Report of the Indian Hemp Drugs Commission, 1894-1895 - Volume IV
Year: 1894
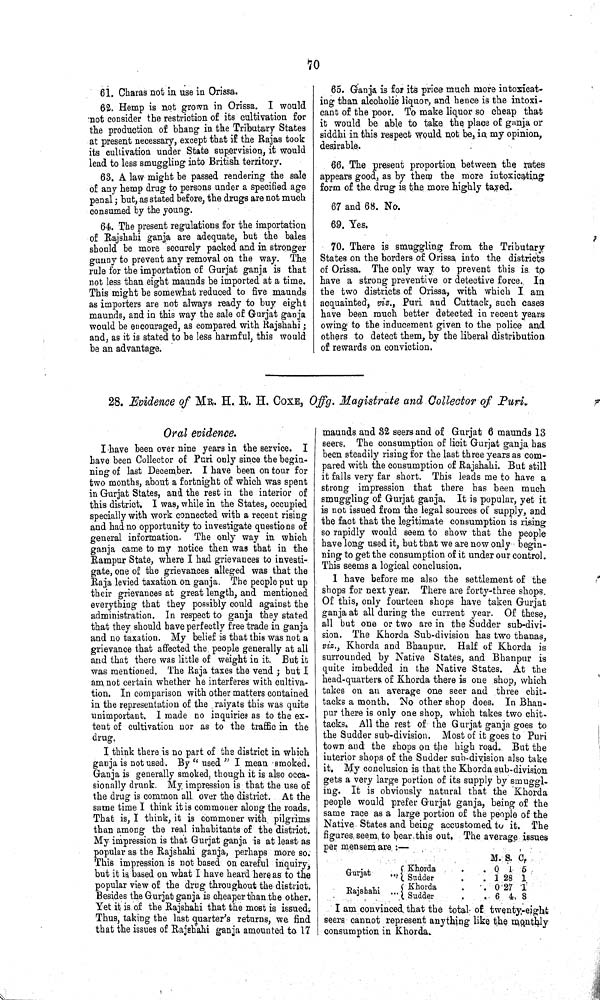
70
61. Charas not in use in Orissa.
62. Hemp is not grown in Orissa. I would
not consider the restriction of its cultivation for
the production of bhang in the Tributary States
at present necessary, except that if the Rajas took
its cultivation under State supervision, it would
lead to less smuggling into British territory.
63. A law might be passed rendering the sale
of any hemp drug to persons under a specified age
penal; but, as stated before, the drugs are not much
consumed by the young.
64. The present regulations for the importation
of Rajshahi ganja are adequate, but the bales
should be more securely packed and in stronger
gunny to prevent any removal on the way. The
rule for the importation of Gurjat ganja is that
not less than eight maunds be imported at a time.
This might be somewhat reduced to five maunds
as importers are not always ready to buy eight
maunds, and in this way the sale of Gurjat ganja
would be encouraged, as compared with Rajshahi;
and, as it is stated to be less harmful, this would
be an advantage.
65. Ganja is for its price much more intoxicat-
ing than alcoholic liquor, and hence is the intoxi¬
cant of the poor. To make liquor so cheap that
it would be able to take the place of ganja or
siddhi in this respect would not be, in my opinion,
desirable.
66. The present proportion between the rates
appears good, as by them the more intoxicating
form of the drug is the more highly taxed.
67 and 68. No.
69. Yes.
70. There is smuggling from the Tributary
States on the borders of Orissa into the districts
of Orissa. The only way to prevent this is to
have a strong preventive or detective force. In
the two districts of Orissa, with which I am
acquainted, viz., Puri and Cuttack, such cases
have been much better detected in recent years
owing to the inducement given to the police and
others to detect them, by the liberal distribution
of rewards on conviction.
28. Evidence of MR. H. R. H. COXE, Offg. Magistrate and Collector of Puri.
Oral evidence.
I have been over nine years in the service. I
have been Collector of Puri only since the begin¬
ning of last December. I have been on tour for
two months, about a fortnight of which was spent
in Gurjat States, and the rest in the interior of
this district. I was, while in the States, occupied
specially with work connected with a recent rising
and had no opportunity to investigate questions of
general information. The only way in which
ganja came to my notice then was that in the
Rampur State, where I had grievances to investi¬
gate, one of the grievances alleged was that the
Raja levied taxation on ganja. The people put up
their grievances at great length, and mentioned
everything that they possibly could against the
administration. In respect to ganja they stated
that they should have perfectly free trade in ganja
and no taxation. My belief is that this was not a
grievance that affected the people generally at all
and that there was little of weight in it. But it
was mentioned. The Raja taxes the vend; but I
am not certain whether he interferes with cultiva¬
tion. In comparison with other matters contained
in the representation of the raiyats this was quite
unimportant. I made no inquiries as to the ex¬
tent of cultivation nor as to the traffic in the
drug.
I think there is no part of the district in which
ganja is not used. By "used" I mean smoked.
Ganja is generally smoked, though it is also occa¬
sionally drunk. My impression is that the use of
the drug is common all over the district. At the
same time I think it is commoner along the roads.
That is, I think, it is commoner with pilgrims
than among the real inhabitants of the district.
My impression is that Gurjat ganja is at least as
popular as the Rajshahi ganja, perhaps more so.
This impression is not based on careful inquiry,
but it is based on what I have heard here as to the
popular view of the drug throughout the district.
Besides the Gurjat ganja is cheaper than the other.
Yet it is of the Rajshahi that the most is issued.
Thus, taking the last quarter's returns, we find
that the issues of Rajshahi ganja amounted to 17
maunds and 32 seers and of Gurjat 6 maunds 13
seers. The consumption of licit Gurjat ganja has
been steadily rising for the last three years as com¬
pared with the consumption of Rajshahi. But still
it falls very far short. This leads me to have a
strong impression that there has been much
smuggling of Gurjat ganja. It is popular, yet it
is not issued from the legal sources of supply, and
the fact that the legitimate consumption is rising
so rapidly would seem to show that the people
have long used it, but that we are now only begin¬
ning to get the consumption of it under our control.
This seems a logical conclusion.
I have before me also the settlement of the
shops for next year. There are forty-three shops.
Of this, only fourteen shops have taken Gurjat
ganja at all during the current year. Of these,
all but one or two are in the Sudder sub-divi¬
sion. The Khorda Sub-division has two thanas,
viz., Khorda and Bhanpur. Half of Khorda is
surrounded by Native States, and Bhanpur is
quite imbedded in the Native States. At the
head-quarters of Khorda there is one shop, which
takes on an average one seer and three chit-
tacks a month. No other shop does. In Bhan¬
pur there is only one shop, which takes two chit-
tacks. All the rest of the Gurjat ganja goes to
the Sudder sub-division. Most of it goes to Puri
town and the shops on the high road. But the
interior shops of the Sudder sub-division also take
it. My conclusion is that the Khorda sub-division
gets a very large portion of its supply by smuggl¬
ing. It is obviously natural that the Khorda
people would prefer Gurjat ganja, being of the
same race as a large portion of the people of the
Native States and being accustomed to it. The
figures seem, to bear this out. The average issues
per mensem are:—
M. S. C.
Gurjat
Khorda
0 1 5
Gurjat
Sudder
1 28 1
Rajshahi
Khorda
0 27 1
Rajshahi
Sudder
6 4 8
I am convinced that the total of twenty-eight
seers cannot represent anything like the monthly
consumption in Khorda.